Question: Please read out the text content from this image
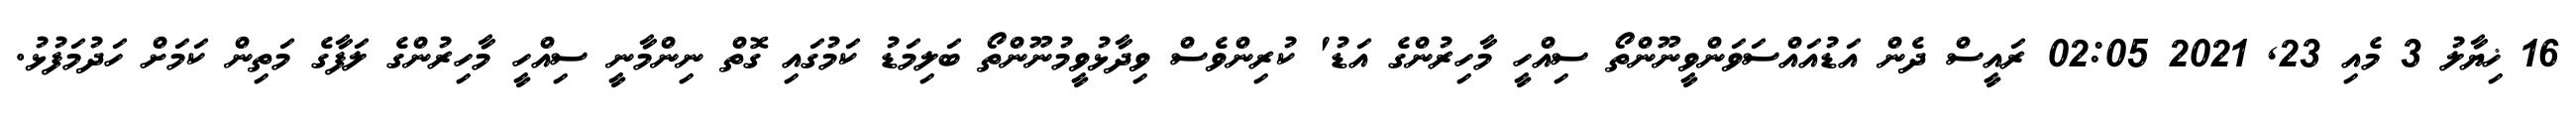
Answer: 16 ޚިޔާލު 3 މެއި 23, 2021 02:05 ރައީސް ދެން އަޑުއައްސަވަންވީނޫންތޯ ސިއްހީ މާހިރުންގެ އަޑު' ކުރިންވެސް ވިދާޅުވީމުނޫންތޯ ބަލިމަޑު ކަމުގައި ގޮތް ނިންމާނީ ސިއްހީ މާހިރުންގެ ލަފާގެ މަތިން ކަމަށް ހަދުމަފުޅު.